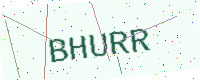
Text: BHURR